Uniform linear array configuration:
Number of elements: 48
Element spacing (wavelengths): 0.5
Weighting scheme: binomial
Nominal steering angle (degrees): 60
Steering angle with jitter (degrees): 58.163
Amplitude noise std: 0.05
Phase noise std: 0.05

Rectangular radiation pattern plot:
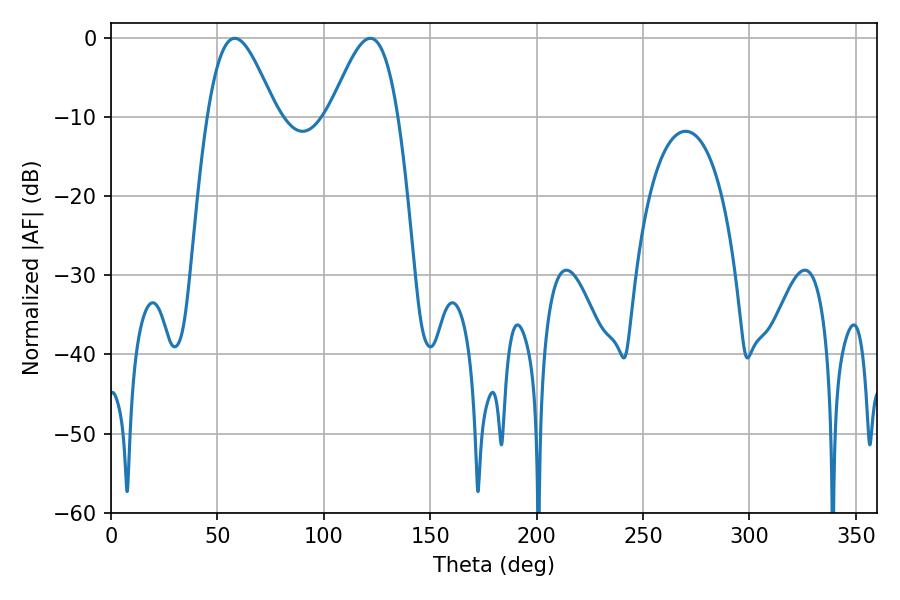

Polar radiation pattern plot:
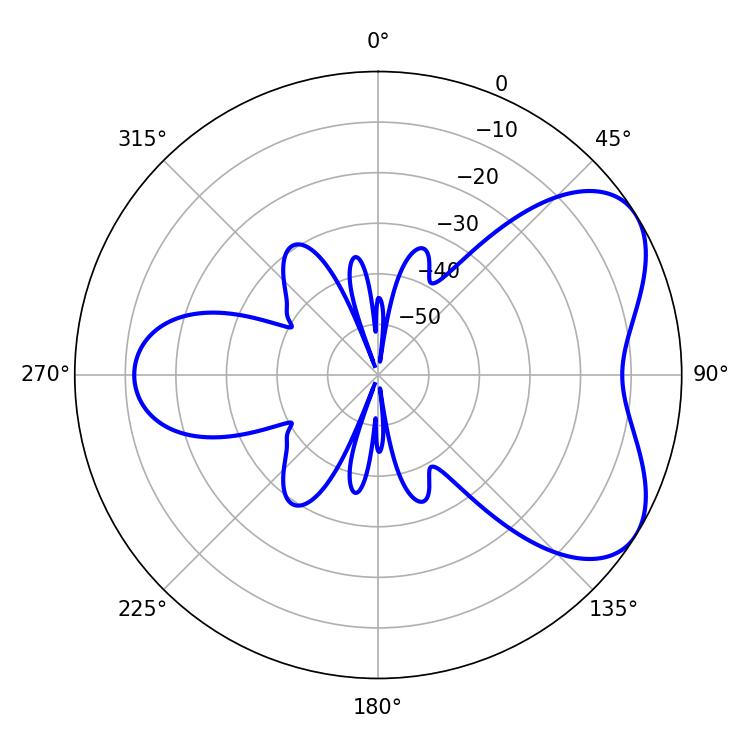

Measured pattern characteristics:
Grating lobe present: FALSE
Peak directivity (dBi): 5.496
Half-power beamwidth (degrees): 17.28
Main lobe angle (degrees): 58.14